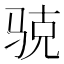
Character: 𲌆